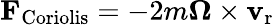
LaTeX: \mathbf{F}_{\mathrm{Coriolis}}=-2m{\boldsymbol{\Omega}}\times\mathbf{v}_{\mathrm{r}}